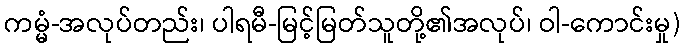
ကမ္မံ-အလုပ်တည်း၊ ပါရမီ-မြင့်မြတ်သူတို့၏အလုပ်၊ ဝါ-ကောင်းမှု)